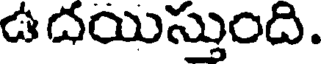
ఉదయిస్తుంది.